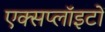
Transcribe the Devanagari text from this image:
एक्सप्लॉइटों